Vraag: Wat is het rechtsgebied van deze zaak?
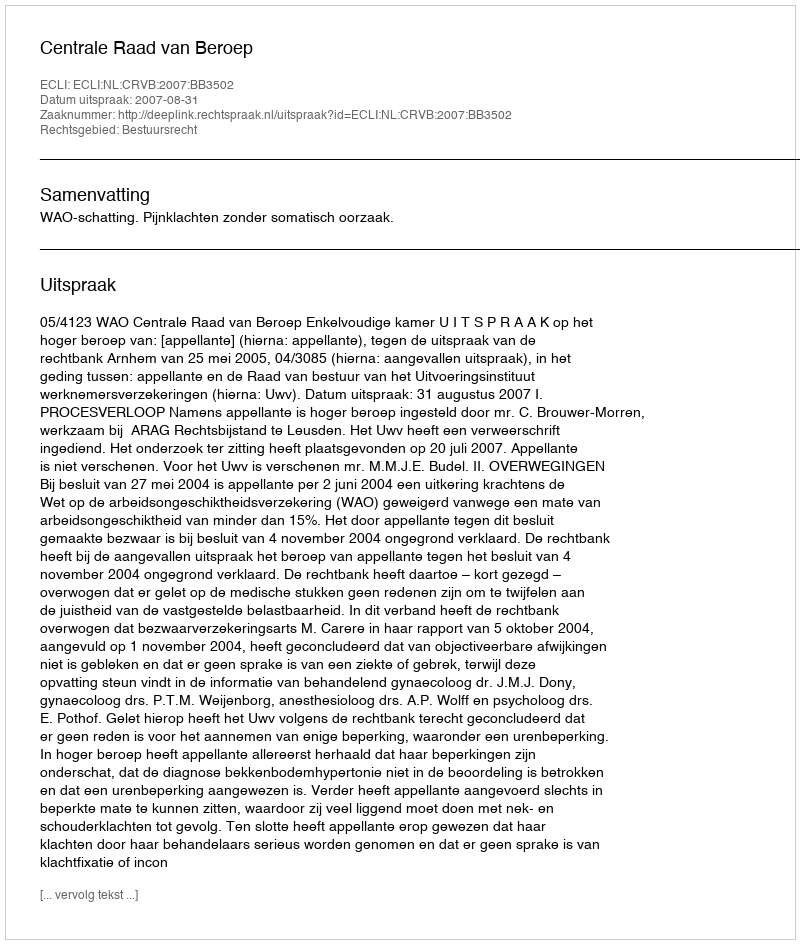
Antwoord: Bestuursrecht